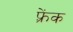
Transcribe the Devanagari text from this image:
फ़्रेंक